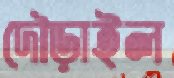
দৌড়াইল